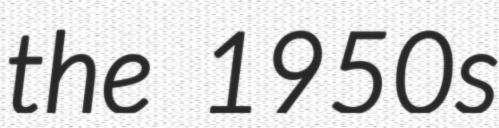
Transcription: the 1950s